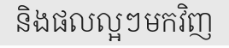
និងផលល្អៗមកវិញ